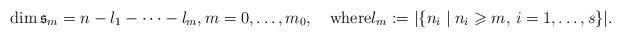
LaTeX: \begin{align*}\dim\mathfrak s_m=n-l_1-\dots-l_m, m=0,\dots,m_0,\quad\mbox{where}l_m:=|\{n_i\mid n_i\geqslant m, \,i=1,\dots,s\}|.\end{align*}